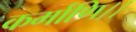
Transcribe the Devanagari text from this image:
कर्माणि।।